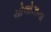
ચોલોઝના